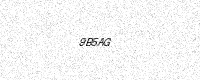
Text: 9B5AG